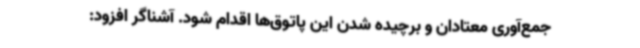
جمع‌آوری معتادان و برچیده شدن این پاتوق‌ها اقدام شود. آشناگر افزود: